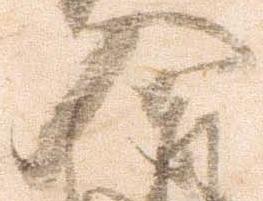
入